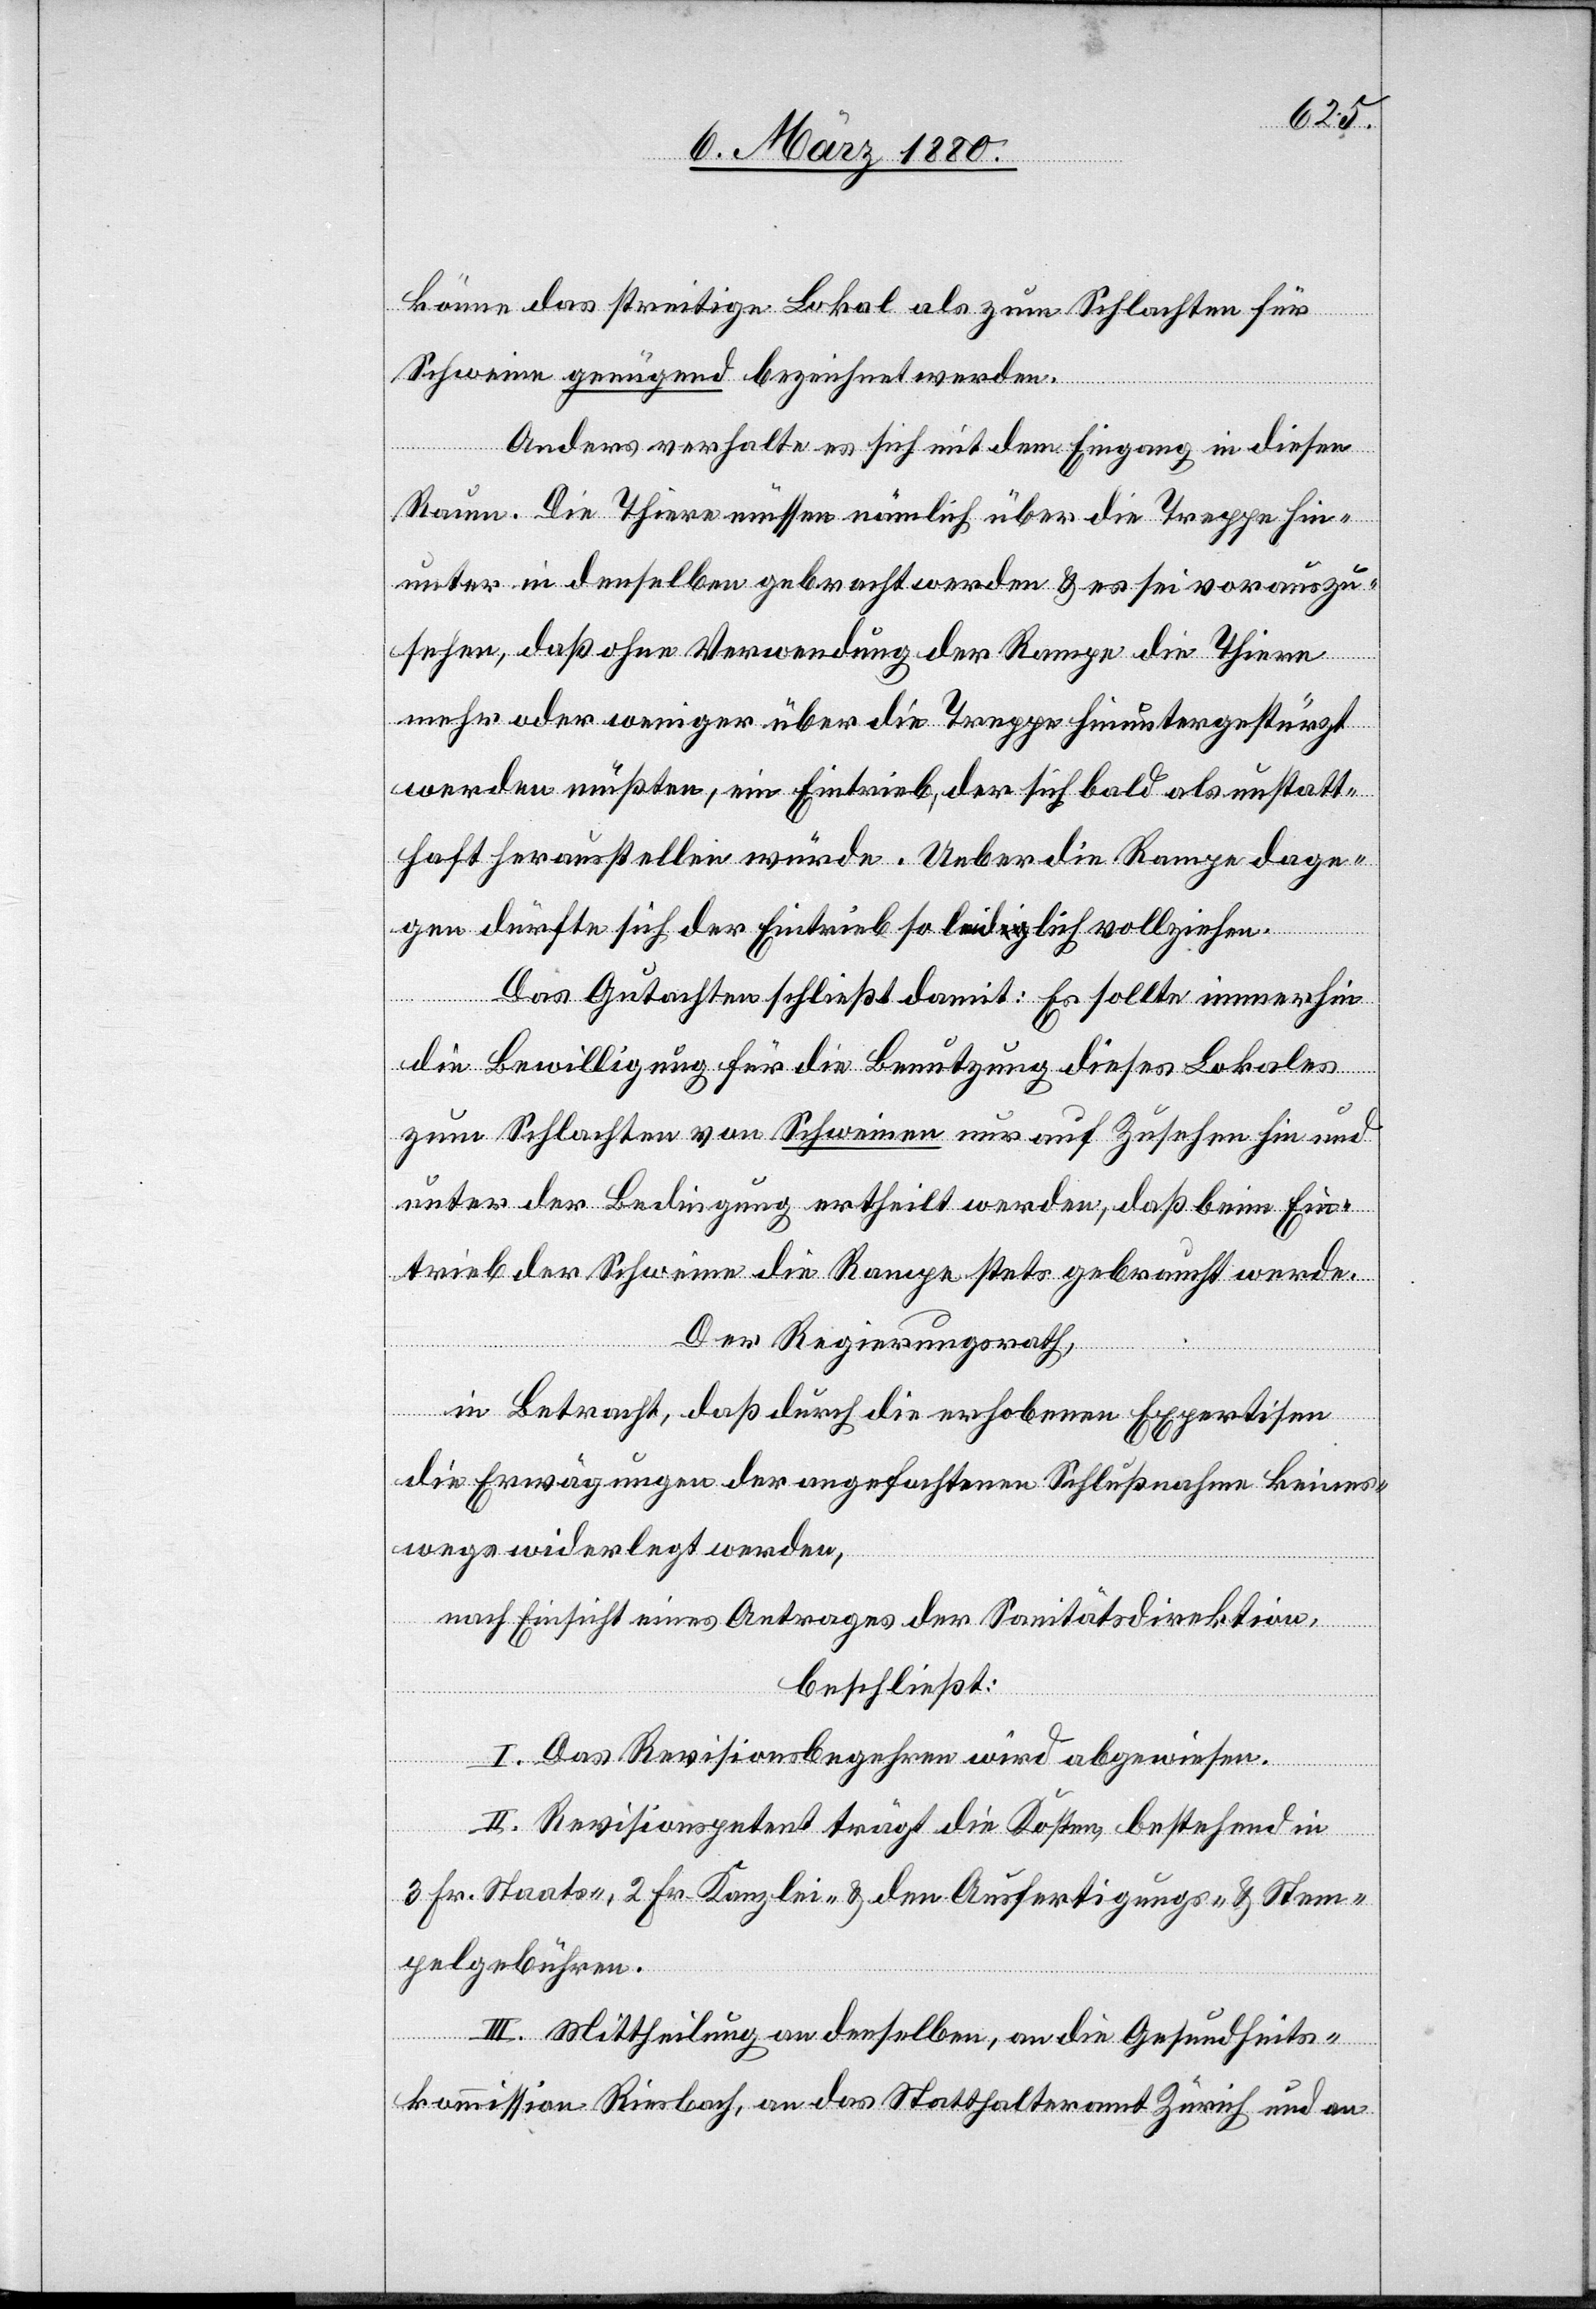
könne das streitige Lokal als zum Schlachten für
Schweine genügend bezeichnet werden.
Anders verhalte es sich mit dem Eingang in diesen
Raum. Die Thiere müssen nämlich über die Treppe hin¬
unter in denselben gebracht werden & es sei vorauszu¬
sehen, daß ohne Verwendung der Rampe die Thiere
mehr oder weniger über die Treppe hinübergestürzt
werden müßten, ein Eintrieb, der sich bald als unstatt¬
haft herausstellen würde. Ueber die Rampe dage¬
gen dürfte sich der Eintrieb so lea-dig-aidlich vollziehen.
Das Gutachten schließt damit: Es sollte immerhin
die Bewilligung für die Benutzung dieses Lokales
zum Schlachten von Schweinen nur auf Zusehen hin und
unter der Bedingung ertheilt werden, daß beim Ein¬
trieb der Schweine die Rampe stets gebraucht werde.
Der Regierungsrath,
in Betracht, daß durch die erhobenen Expertisen
die Erwägungen der angefochtenen Schlußnahme keines¬
wegs widerlegt werden,
nach Einsicht eines Antrages der Sanitätsdirektion,
beschließt:
I. Das Revisionsbegehren wird abgewiesen.
II. Revisionspetent trägt die Kosten, bestehend in
3 Fr. Staats-, 2 Fr. Kanzlei- & den Ausfertigungs- & Stem¬
pelgebühren.
ire¬
III. Mittheilung an denselben, an die Gesundheitsd¬
ktion Riesbach, an das Statthalteramt Zürich und an